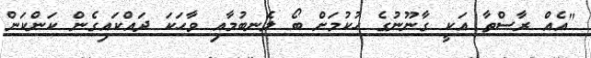
"އެއް ރާސްތާ އަކީ ގާނޫނުގެ ހުކުމަށް ބޯ ލެނބުމާއި ވާހަކަ ދައްކައިގެން ކަންކަން